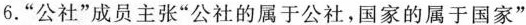
6.”公社”成员主张”公社的属于公社，国家的属于国家”